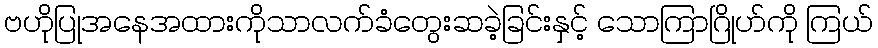
ဗဟိုပြုအနေအထားကိုသာလက်ခံတွေးဆခဲ့ခြင်းနှင့် သောကြာဂြိုဟ်ကို ကြယ်